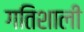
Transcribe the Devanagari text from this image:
गतिशाली